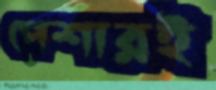
পেশারই